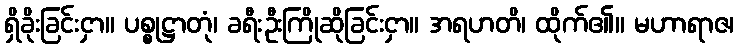
ရှိခိုးခြင်းငှာ။ ပစ္စုဋ္ဌာတုံ၊ ခရီးဦးကြိုဆိုခြင်းငှာ။ အရဟတိ၊ ထိုက်၏။ မဟာရာဇ၊